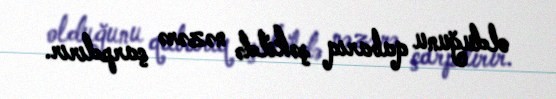
olduğunu qabarıq şəkildə nəzərə çarpdırır.